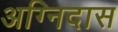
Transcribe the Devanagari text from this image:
अग्निदास